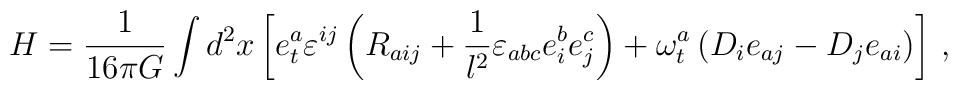
H = {1\over 16\pi G}  \int d^2x \left[e^a_t\varepsilon^{ij}\left(R_{aij} + {1\over        l^2}\varepsilon_{abc} e^b_i e^c_j\right) +    \omega^a_t\left(D_i e_{aj}      -D_je_{ai}\right) \right]\, ,